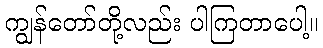
ကျွန်တော်တို့လည်း ပါကြတာပေါ့။